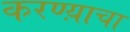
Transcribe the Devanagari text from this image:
करण्य़ाचा